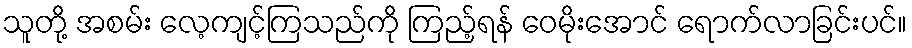
သူတို့ အစမ်း လေ့ကျင့်ကြသည်ကို ကြည့်ရန် ဝေမိုးအောင် ရောက်လာခြင်းပင်။